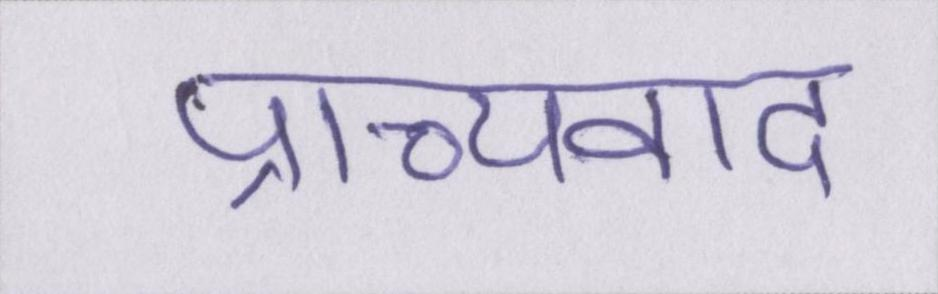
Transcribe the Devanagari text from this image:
प्राच्यवाद